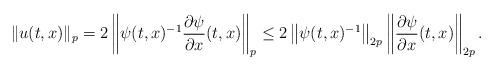
LaTeX: \begin{align*}\|u(t,x)\|_p= 2 \left \| \psi(t,x)^{-1} \frac{\partial \psi}{\partial x}(t,x) \right\|_p \le 2 \left\| \psi(t,x)^{-1} \right\|_{2p} \left\| \frac{\partial \psi}{\partial x}(t,x) \right\|_{2p}.\end{align*}